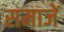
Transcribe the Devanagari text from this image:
समाजें